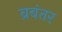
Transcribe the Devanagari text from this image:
ब्रबंतर